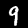
Label: 9